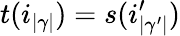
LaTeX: t(i_{|\gamma|})=s(i_{|\gamma^{\prime}|}^{\prime})